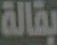
بقالة